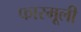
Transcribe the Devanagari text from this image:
फारमूली